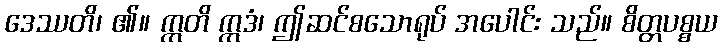
ဒေဿတိ၊ ၏။ ဣတိ ဣဒံ၊ ဤဆင်စသောရုပ် အပေါင်း သည်။ စိတ္တပစ္စယ